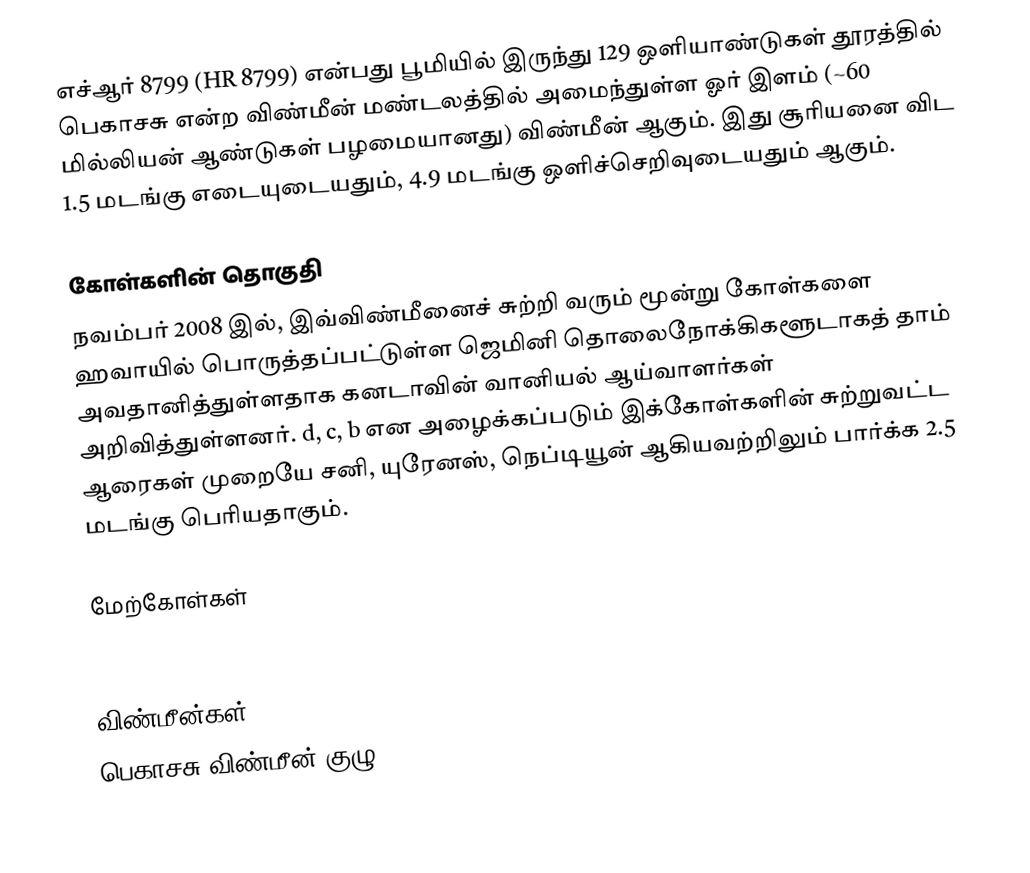
எச்ஆர் 8799 (HR 8799) என்பது பூமியில் இருந்து 129 ஒளியாண்டுகள் தூரத்தில் பெகாசசு என்ற விண்மீன் மண்டலத்தில் அமைந்துள்ள ஓர் இளம் (~60 மில்லியன் ஆண்டுகள் பழமையானது) விண்மீன் ஆகும். இது சூரியனை விட 1.5 மடங்கு எடையுடையதும், 4.9 மடங்கு ஒளிச்செறிவுடையதும் ஆகும்.

கோள்களின் தொகுதி
நவம்பர் 2008 இல், இவ்விண்மீனைச் சுற்றி வரும் மூன்று கோள்களை ஹவாயில் பொருத்தப்பட்டுள்ள ஜெமினி தொலைநோக்கிகளூடாகத் தாம் அவதானித்துள்ளதாக கனடாவின் வானியல் ஆய்வாளர்கள் அறிவித்துள்ளனர். d, c, b என அழைக்கப்படும் இக்கோள்களின் சுற்றுவட்ட ஆரைகள் முறையே சனி, யுரேனஸ், நெப்டியூன் ஆகியவற்றிலும் பார்க்க 2.5 மடங்கு பெரியதாகும்.

மேற்கோள்கள்

விண்மீன்கள்
பெகாசசு விண்மீன் குழு